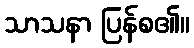
သာသနာ ပြန်စ၏။